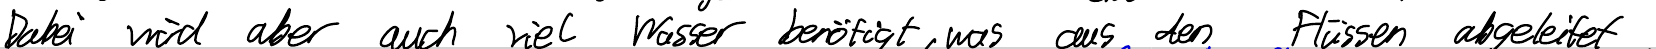
Dabei wird aber auch viel Wasser benötigt, was aus den Flüssen abgeleitet